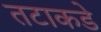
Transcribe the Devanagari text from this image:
तटाकडे